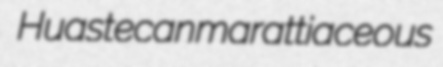
Huastecan marattiaceous